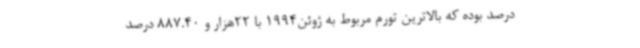
درصد بوده که بالاترین تورم مربوط به ژوئن1994 با 22هزار و 887.40 درصد